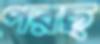
পরছ